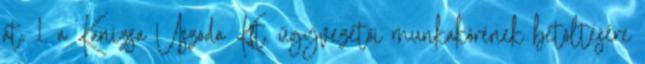
át. 1. a Kanizsa Uszoda Kft. ügyvezetői munkakörének betöltésére